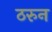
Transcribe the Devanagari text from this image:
ठरुन